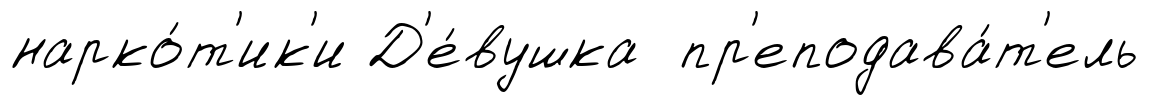
нарко́т'ик'и Д'е́вушка пр'еподава́т'ель